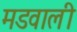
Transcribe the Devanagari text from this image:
मडवाली